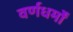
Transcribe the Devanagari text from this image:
वर्णधर्मों